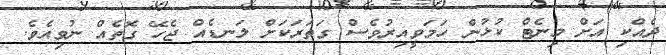
ދެއްކި އަށް މިނެޓް ކުޅުން ހަމަވީއިރުވެސް ގަތަރަކަށް ލަނޑެއް ޖެހޭ ގޮތެއް ނުވިއެވެ.